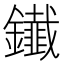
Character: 𨯒